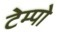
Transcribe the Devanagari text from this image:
टेम्‍पो